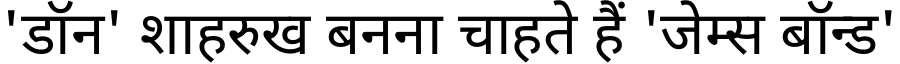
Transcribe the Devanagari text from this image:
'डॉन' शाहरुख बनना चाहते हैं 'जेम्स बॉन्ड'